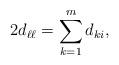
LaTeX: \begin{align*}2 d_{\ell \ell} =\sum_{k=1}^{m} d_{ki},\end{align*}